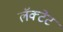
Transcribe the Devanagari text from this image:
लॅक्टेट